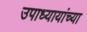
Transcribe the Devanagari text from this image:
उपाध्यायांच्या